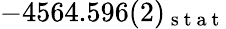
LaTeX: -4564.596(2)_{\mathrm{~s~t~a~t~}}